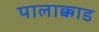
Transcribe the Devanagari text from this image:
पालाक्काड